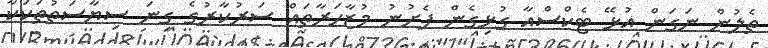
ތެލުން ނަގަން އުޅޭ ޓެކްސްއާ ގުޅިގެން ފެށުނު މުޒާހަރާތައް ސަރުކާރުގެ ގިނަ ސިޔާސަތުތަކަކާ